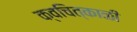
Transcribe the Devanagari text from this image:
क्वचित्काळी